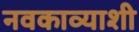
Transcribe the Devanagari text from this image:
नवकाव्याशी